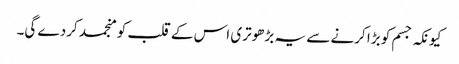
کیونکہ جسم کو بڑا کرنے سے یہ بڑھوتری اس کے قلب کو منجمد کردے گی۔